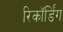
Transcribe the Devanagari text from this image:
रिकॉर्डिंग